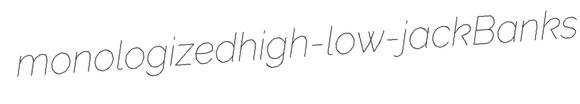
monologized high-low-jack Banks